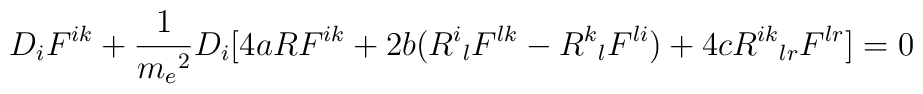
D_{i}F^{ik}+\frac{1}{{m_{e}}^{2}}D_{i}[4aRF^{ik}+2b({R^{i}}_{l}F^{lk}-{R^{k}}_{l}F^{li})+4c{R^{ik}}_{lr}F^{lr}]=0